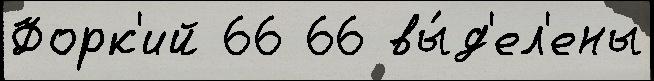
Форк'ий 66 66 вы́д'ел'ены